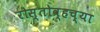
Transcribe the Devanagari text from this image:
रोस्तोव्हच्या